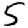
Digit: 5